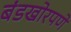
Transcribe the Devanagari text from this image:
बंडखोरपणे